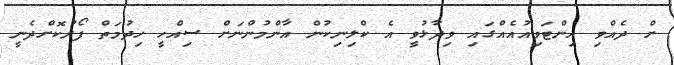
ށް ދެއްވި އިންޓަވިއުއެއްގައި ވިދާޅުވީ އެ ކްލިނިކުން އާންމުންނަށް ސިއްހީ ހިދުމަތް ފޯރުކޮށްދެނީ